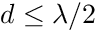
d \leq \lambda / 2